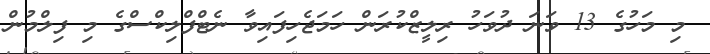
މި މަހުގެ 13 ވަނަ ދުވަހު ރިލީޒްކުރަން ހަމަޖެހިފައިވާ ނެޓްފްލިކްސްގެ މި ފިލްމުން